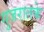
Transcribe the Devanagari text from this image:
गुजरातके